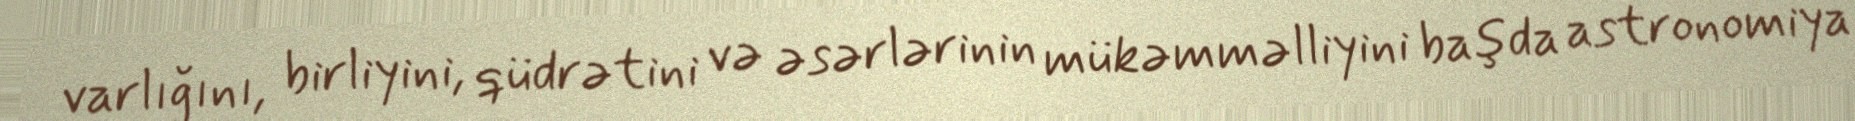
varlığını, birliyini, qüdrətini və əsərlərinin mükəmməlliyini başda astronomiya